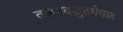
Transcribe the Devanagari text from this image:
तस्मादद्भुतमेवाह